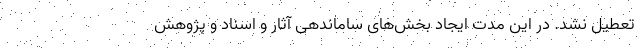
تعطیل نشد. در این مدت ایجاد بخش‌های ساماندهی آثار و اسناد و پژوهش